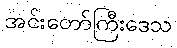
အင်းတော်ကြီးဒေသ